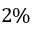
2 \%